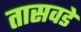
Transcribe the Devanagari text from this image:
तासवडे